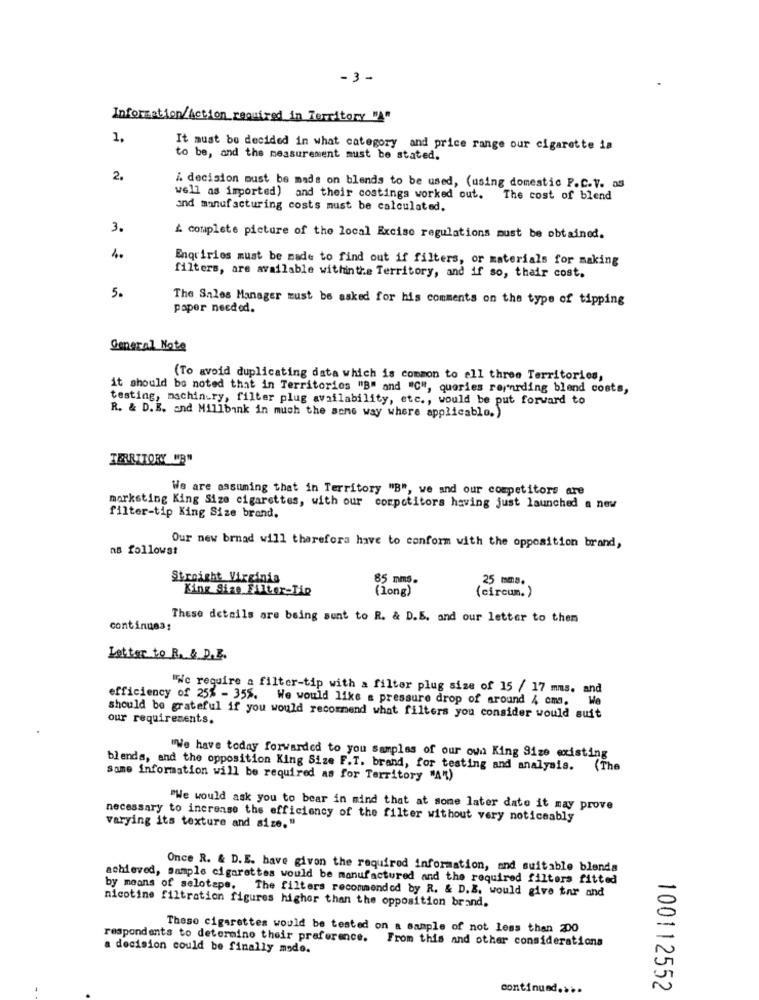
-3 -
Information/Action required in Territory "
1.
It must be decided in what category and price range our cigarette in
to be, and the measurement must be stated.
2.
i. decision must be made on blends to be used, (using domestic P.C.V. as
well as imported) and their costings worked out. The cost of blend
and manufacturing costs must be calculated.
3.
& complete picture of the local Excise regulations must be obtained.
4.
Enquiries must be made to find out if filters, or materials for making
filters, are available withinthe Territory, and if so, their cost.
5.
The Sales Manager must be asked for his comments on the type of tipping
paper needed.
General Note
(To avoid duplicating data which is common to all three Territories,
it should be noted that in Territorios "B" and "C", queries repording blend costs,
testing, machin-ry, filter plug availability, etc ., would be put forward to
R. & D.B. and Millbank in much the same way where applicable.)
TERRITORY "B"
We are assuming that in Territory "B", we and our competitors are
marksting King Size cigarettes, with our competitors having just launched a new
filter-tip King Size brand.
as followst
Our new brnad will therefora have to conform with the opposition brand,
Streicht Virginia
85 mms.
25 mms.
King Size FAIter-Tip
(long)
(circum. )
These details are being sent to R. & D.E. and our letter to them
continuas:
Letter to R. & D.E.
"Nc require a filter-tip with a filter plug size of 15 / 17 mms. and
efficiency of 25% - 355. We would like a pressure drop of around 4 cms.
We
our requirements.
should be grateful if you would recommend what filters you consider would suit
"We have today forwarded to you samples of our own King Size existing
blends, and the opposition King Size F.T. brand, for testing and analysis. (The
Same information will be required as for Territory "A")
"We would ask you to bear in mind that at some later date it may prove
necessary to increase the efficiency of the filter without very noticeably
varying its texture and size."
Once R. & D.E. have given the required information, and suitable blends
achieved, Sample cigarettes would be manufactured and the required filters fitted
by means of selotape.
The filters recommended by R. & D.B. would give tar and
nicotine filtration figures higher than the opposition brand.
These cigarettes would be tested on a sample of not less than 200
respondents to determino their preference. From this and other considerations
a decision could be finally made.
continued ....
100112552